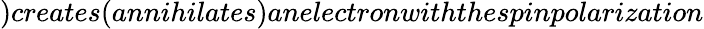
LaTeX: )creates(annihilates)anelectronwiththespinpolarization